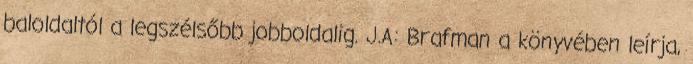
baloldaltól a legszélsőbb jobboldalig. J.A: Brafman a könyvében leírja,